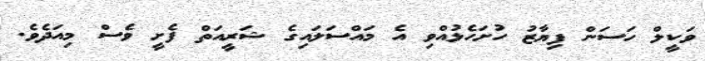
ވަކީލް ހަސަން ފިޔާޒު ހުށަހެޅުއްވި އެ މައްސަލައިގެ ޝަރީއަތް ފެށީ ވެސް މިއަދެވެ.